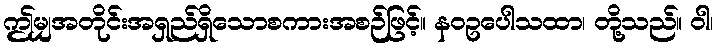
ဤမျှအတိုင်းအရှည်ရှိသောစကားအစဉ်ဖြင့်။ နဝဥပေါသထာ၊ တို့သည်။ ဝါ၊